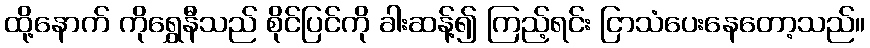
ထို့နောက် ကိုရွှေနီသည် စိုင်ပြင်ကို ခါးဆန့်၍ ကြည့်ရင်း ငြာသံပေးနေတော့သည်။